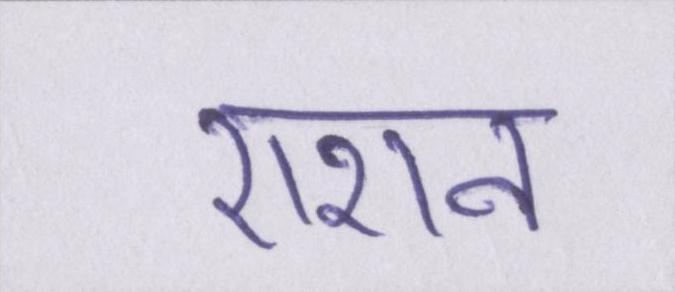
राशन